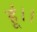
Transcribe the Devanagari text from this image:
हूं।।